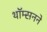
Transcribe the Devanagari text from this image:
थॉम्सनने